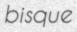
bisque